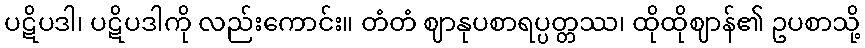
ပဋိပဒါ၊ ပဋိပဒါကို လည်းကောင်း။ တံတံ ဈာနုပစာရပ္ပတ္တဿ၊ ထိုထိုဈာန်၏ ဥပစာသို့